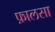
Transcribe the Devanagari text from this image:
फ़ालसा